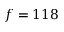
f = 1 1 8